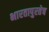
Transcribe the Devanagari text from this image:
भारतापुरतेच